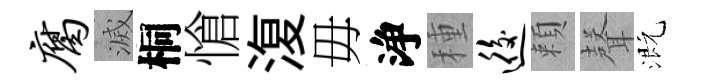
腐滅桐愴𣸪毋浄種逅頼𮋻溉